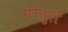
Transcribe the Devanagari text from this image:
गोतुल